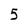
Character: 5